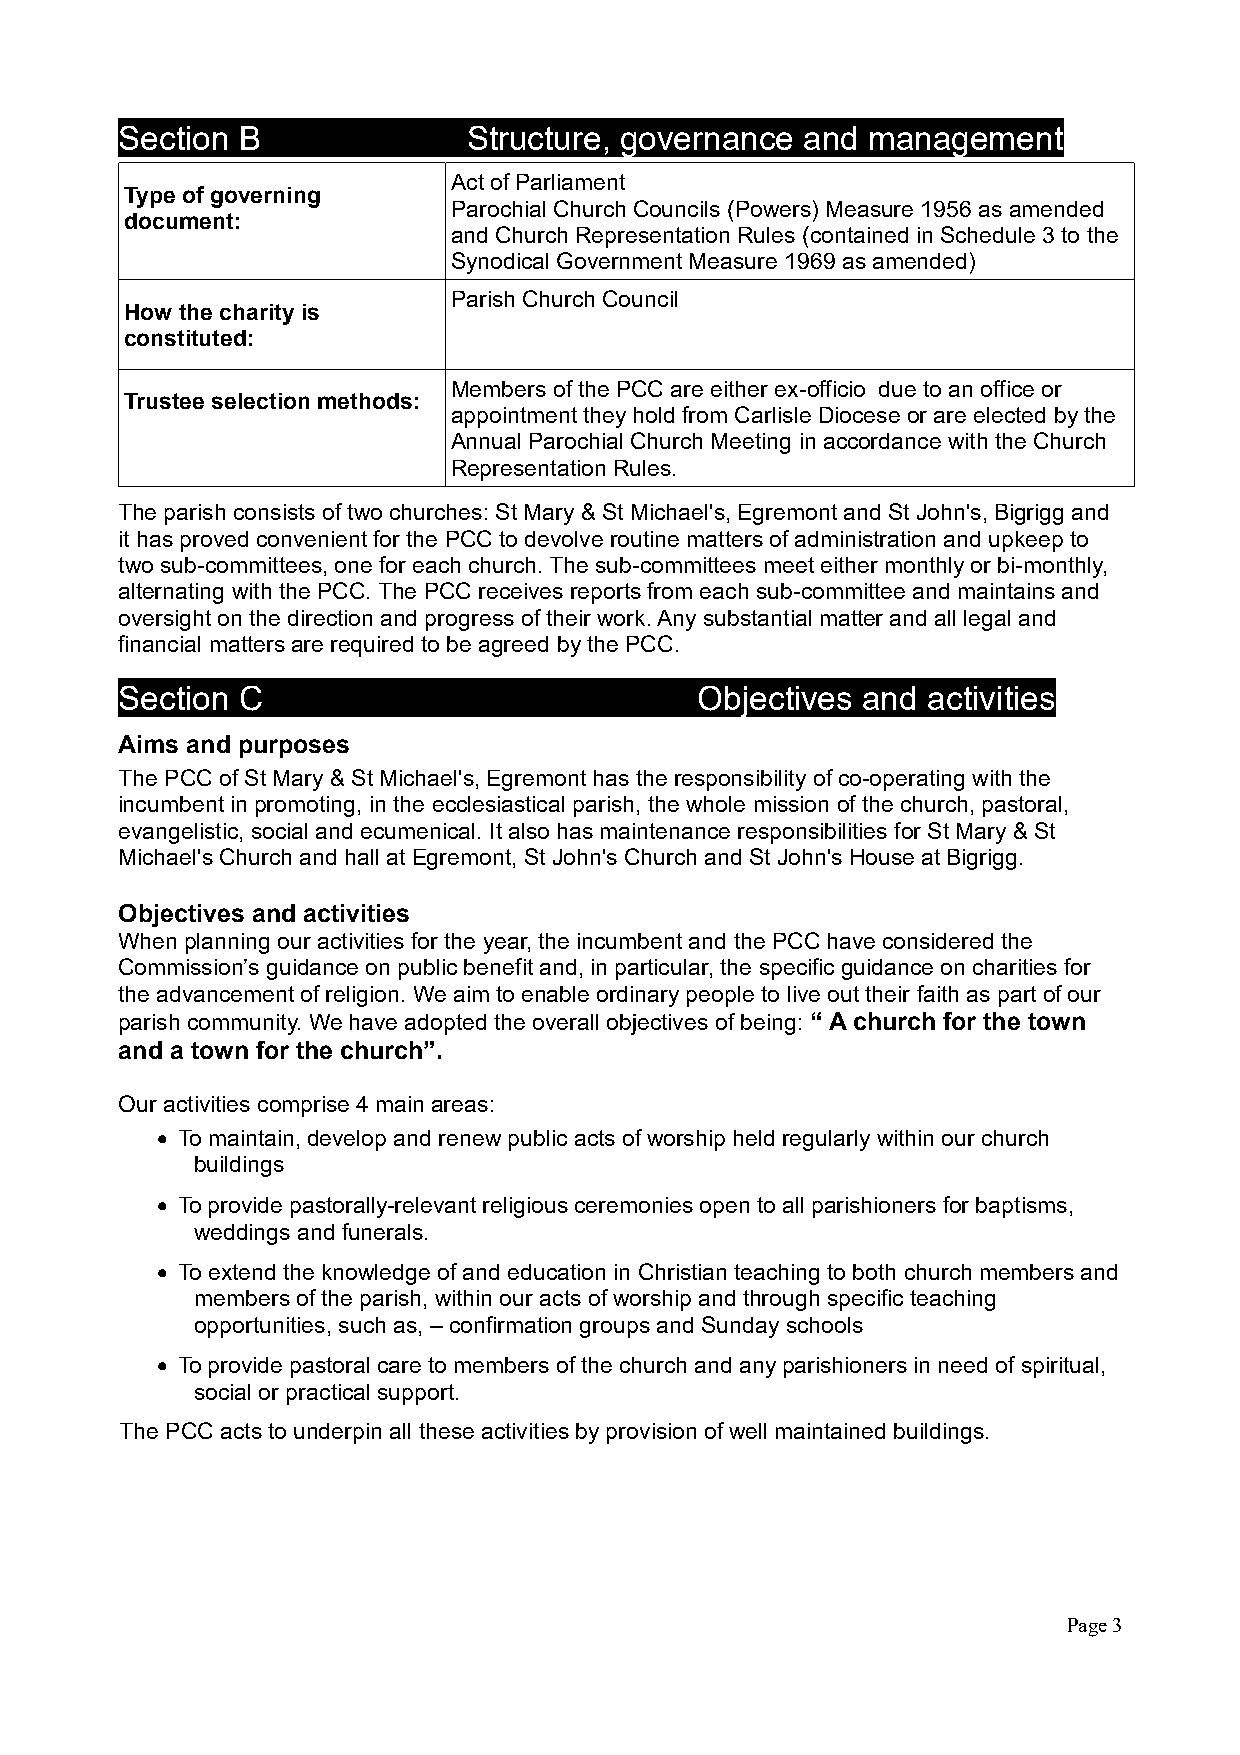
Section B              Structure, governance and  management
 Act of Parliament
 Type of governing
 Parochial Church Councils (Powers) Measure 1956 as amended
 document:
 and Church Representation Rules (contained in Schedule 3 to the
 Synodical Government Measure 1969 as amended)
 Parish Church Council
 How the charity is
 constituted:
 Members of the PCC are either ex-officio due to an office or
 Trustee selection methods:
 appointment they hold from Carlisle Diocese or are elected by the
 Annual Parochial Church Meeting in accordance with the Church
 Representation Rules.
 The parish consists of two churches: St Mary & St Michael's, Egremont and St John's, Bigrigg and
 it has proved convenient for the PCC to devolve routine matters of administration and upkeep to
 two sub-committees, one for each church. The sub-committees meet either monthly or bi-monthly,
 alternating with the PCC. The PCC receives reports from each sub-committee and maintains and
 oversight on the direction and progress of their work. Any substantial matter and all legal and
 financial matters are required to be agreed by the PCC.
   Section C                             Objectives and activities
 Aims and purposes
 The PCC of St Mary & St Michael's, Egremont has the responsibility of co-operating with the
 incumbent in promoting, in the ecclesiastical parish, the whole mission of the church, pastoral,
 evangelistic, social and ecumenical. It also has maintenance responsibilities for St Mary & St
 Michael's Church and hall at Egremont, St John's Church and St John's House at Bigrigg.
 Objectives and activities
 When planning our activities for the year, the incumbent and the PCC have considered the
 Commission’s guidance on public benefit and, in particular, the specific guidance on charities for
 the advancement of religion. We aim to enable ordinary people to live out their faith as part of our
 parish community. We have adopted the overall objectives of being: “ A church for the town
 and a town for the church”.
 Our activities comprise 4 main areas:
  To maintain, develop and renew public acts of worship held regularly within our church
 buildings
  To provide pastorally-relevant religious ceremonies open to all parishioners for baptisms,
 weddings and funerals.
  To extend the knowledge of and education in Christian teaching to both church members and
 members of the parish, within our acts of worship and through specific teaching
 opportunities, such as, – confirmation groups and Sunday schools
  To provide pastoral care to members of the church and any parishioners in need of spiritual,
 social or practical support.
 The PCC acts to underpin all these activities by provision of well maintained buildings.
 
 Page 3